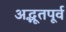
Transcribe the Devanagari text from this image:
अद्भूतपूर्व